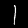
Label: 1